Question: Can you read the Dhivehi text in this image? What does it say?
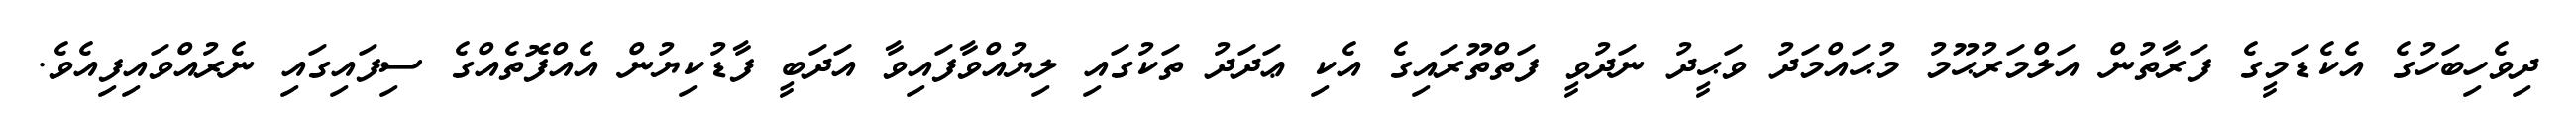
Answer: ދިވެހިބަހުގެ އެކެޑަމީގެ ފަރާތުން އަލްމަރުޙޫމު މުޙައްމަދު ވަޙީދު ނަދުވީ ފަތްތޫރައިގެ އެކި ޢަދަދު ތަކުގައި ލިޔުއްވާފައިވާ އަދަބީ ފާޑުކިޔުން އެއްފޮތެއްގެ ސިފައިގައި ނެރުއްވައިފިއެވެ.